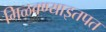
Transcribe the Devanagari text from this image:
मिळवण्याइतपत